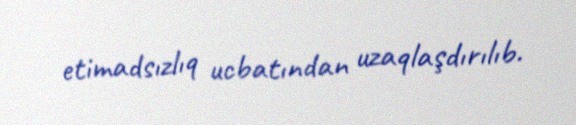
etimadsızlıq ucbatından uzaqlaşdırılıb.